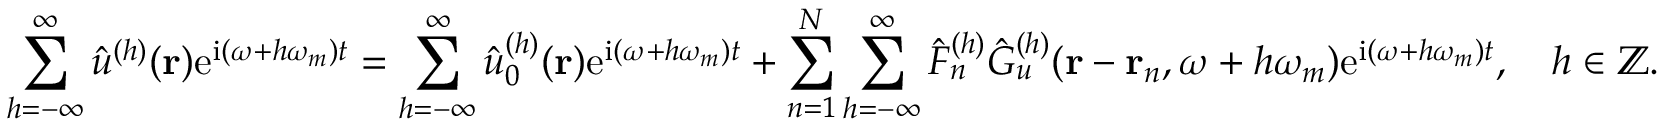
\sum _ { h = - \infty } ^ { \infty } \hat { u } ^ { ( h ) } ( \mathbf { r } ) \mathrm { e } ^ { \mathrm { i } ( \omega + h \omega _ { m } ) t } = \sum _ { h = - \infty } ^ { \infty } \hat { u } _ { 0 } ^ { ( h ) } ( \mathbf { r } ) \mathrm { e } ^ { \mathrm { i } ( \omega + h \omega _ { m } ) t } + \sum _ { n = 1 } ^ { N } \sum _ { h = - \infty } ^ { \infty } \hat { F } _ { n } ^ { ( h ) } \hat { G } _ { u } ^ { ( h ) } ( \mathbf { r } - \mathbf { r } _ { n } , \omega + h \omega _ { m } ) \mathrm { e } ^ { \mathrm { i } ( \omega + h \omega _ { m } ) t } , \quad h \in \mathbb { Z } .